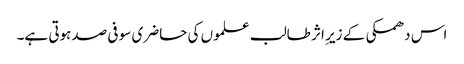
اس دھمکی کے زیرِ اثر طالب علموں کی حاضری سو فی صدہوتی ہے۔